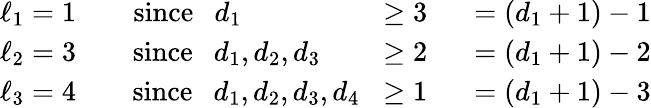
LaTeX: \begin{array}{rlr}{\ell_{1}=1}&{}&{\mathrm{since~\ \ }d_{1}\; \; \; \; \; \; \; \; \; \; \; \; \; \; \; \; \; \geq 3\; \; \; \; \; =(d_{1}+1)-1}\\ {\ell_{2}=3}&{}&{\mathrm{since~\ \ }d_{1},d_{2},d_{3}\; \; \; \; \; \; \; \geq 2\; \; \; \; \; =(d_{1}+1)-2}\\ {\ell_{3}=4}&{}&{\mathrm{since~\ \ }d_{1},d_{2},d_{3},d_{4}\; \; \geq 1\; \; \; \; \; =(d_{1}+1)-3}\end{array}